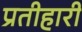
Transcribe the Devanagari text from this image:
प्रतीहारी